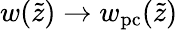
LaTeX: w(\tilde{z})\rightarrow w_{\mathrm{pc}}(\tilde{z})